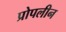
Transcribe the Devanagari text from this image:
प्रोपलीन